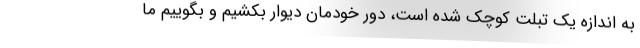
به اندازه یک تبلت کوچک شده است، دور خودمان دیوار بکشیم و بگوییم ما